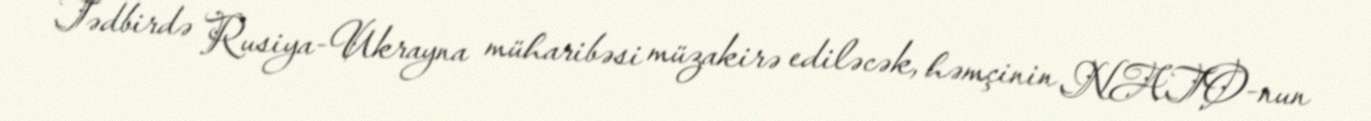
Tədbirdə Rusiya-Ukrayna müharibəsi müzakirə ediləcək, həmçinin NATO-nun